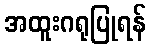
အထူးဂရုပြုရန်